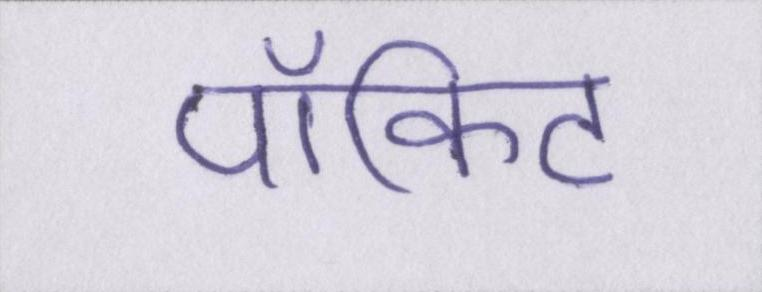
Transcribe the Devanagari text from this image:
पॉकिट